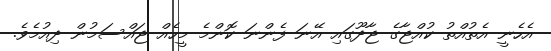
އެހެނީ އެތުއްތު ކުއްޖާގެ ޖާދޫގައި އޭނަ ފެންނަ ކޮންމެ މީހެއް ޖައްސަމުން ދިއުމެވެ.